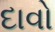
દાવો